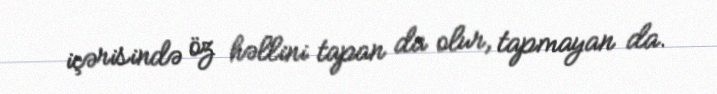
içərisində öz həllini tapan da olur, tapmayan da.